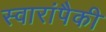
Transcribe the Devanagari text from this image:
स्वारांपैकी